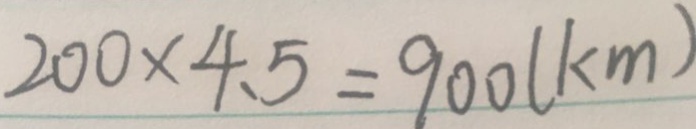
2 0 0 \times 4 . 5 = 9 0 0 ( k m )